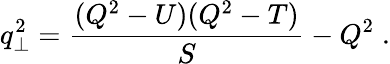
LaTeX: q_{\perp}^{2}=\frac{(Q^{2}-U)(Q^{2}-T)}{S}-Q^{2}\; .